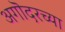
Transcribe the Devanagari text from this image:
अगॊदरच्या